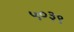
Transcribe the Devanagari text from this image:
५०३९